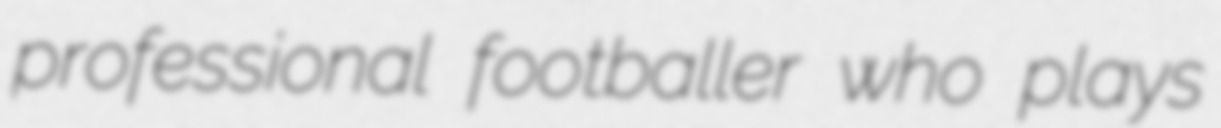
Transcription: professional footballer who plays